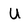
Character: U